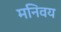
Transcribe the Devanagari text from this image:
मनिवय